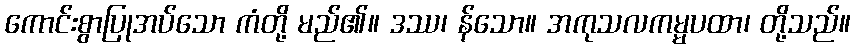
ကောင်းစွာပြုအပ်သော ကံတို့ မည်၏။ ဒဿ၊ န်သော။ အကုသလကမ္မပထာ၊ တို့သည်။